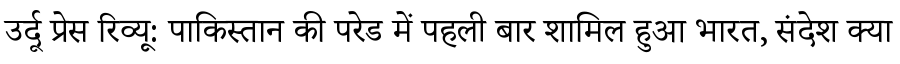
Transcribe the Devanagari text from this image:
उर्दू प्रेस रिव्यू: पाकिस्तान की परेड में पहली बार शामिल हुआ भारत, संदेश क्या